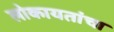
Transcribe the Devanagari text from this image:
लोकायतांचा